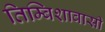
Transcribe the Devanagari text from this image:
तिम्बिशावासी